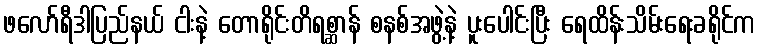
ဖလော်ရီဒါပြည်နယ် ငါးနဲ့ တောရိုင်းတိရစ္ဆာန် စနစ်အဖွဲ့နဲ့ ပူးပေါင်းပြီး ရေထိန်းသိမ်းရေးခရိုင်က